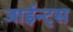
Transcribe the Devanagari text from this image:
जाईन्ट्स